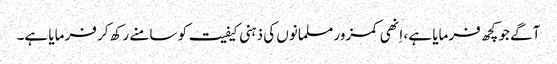
آگے جو کچھ فرمایا ہے، اِنھی کمزور مسلمانوں کی ذہنی کیفیت کو سامنے رکھ کر فرمایا ہے۔